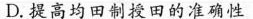
D.提高均田制授田的准确性